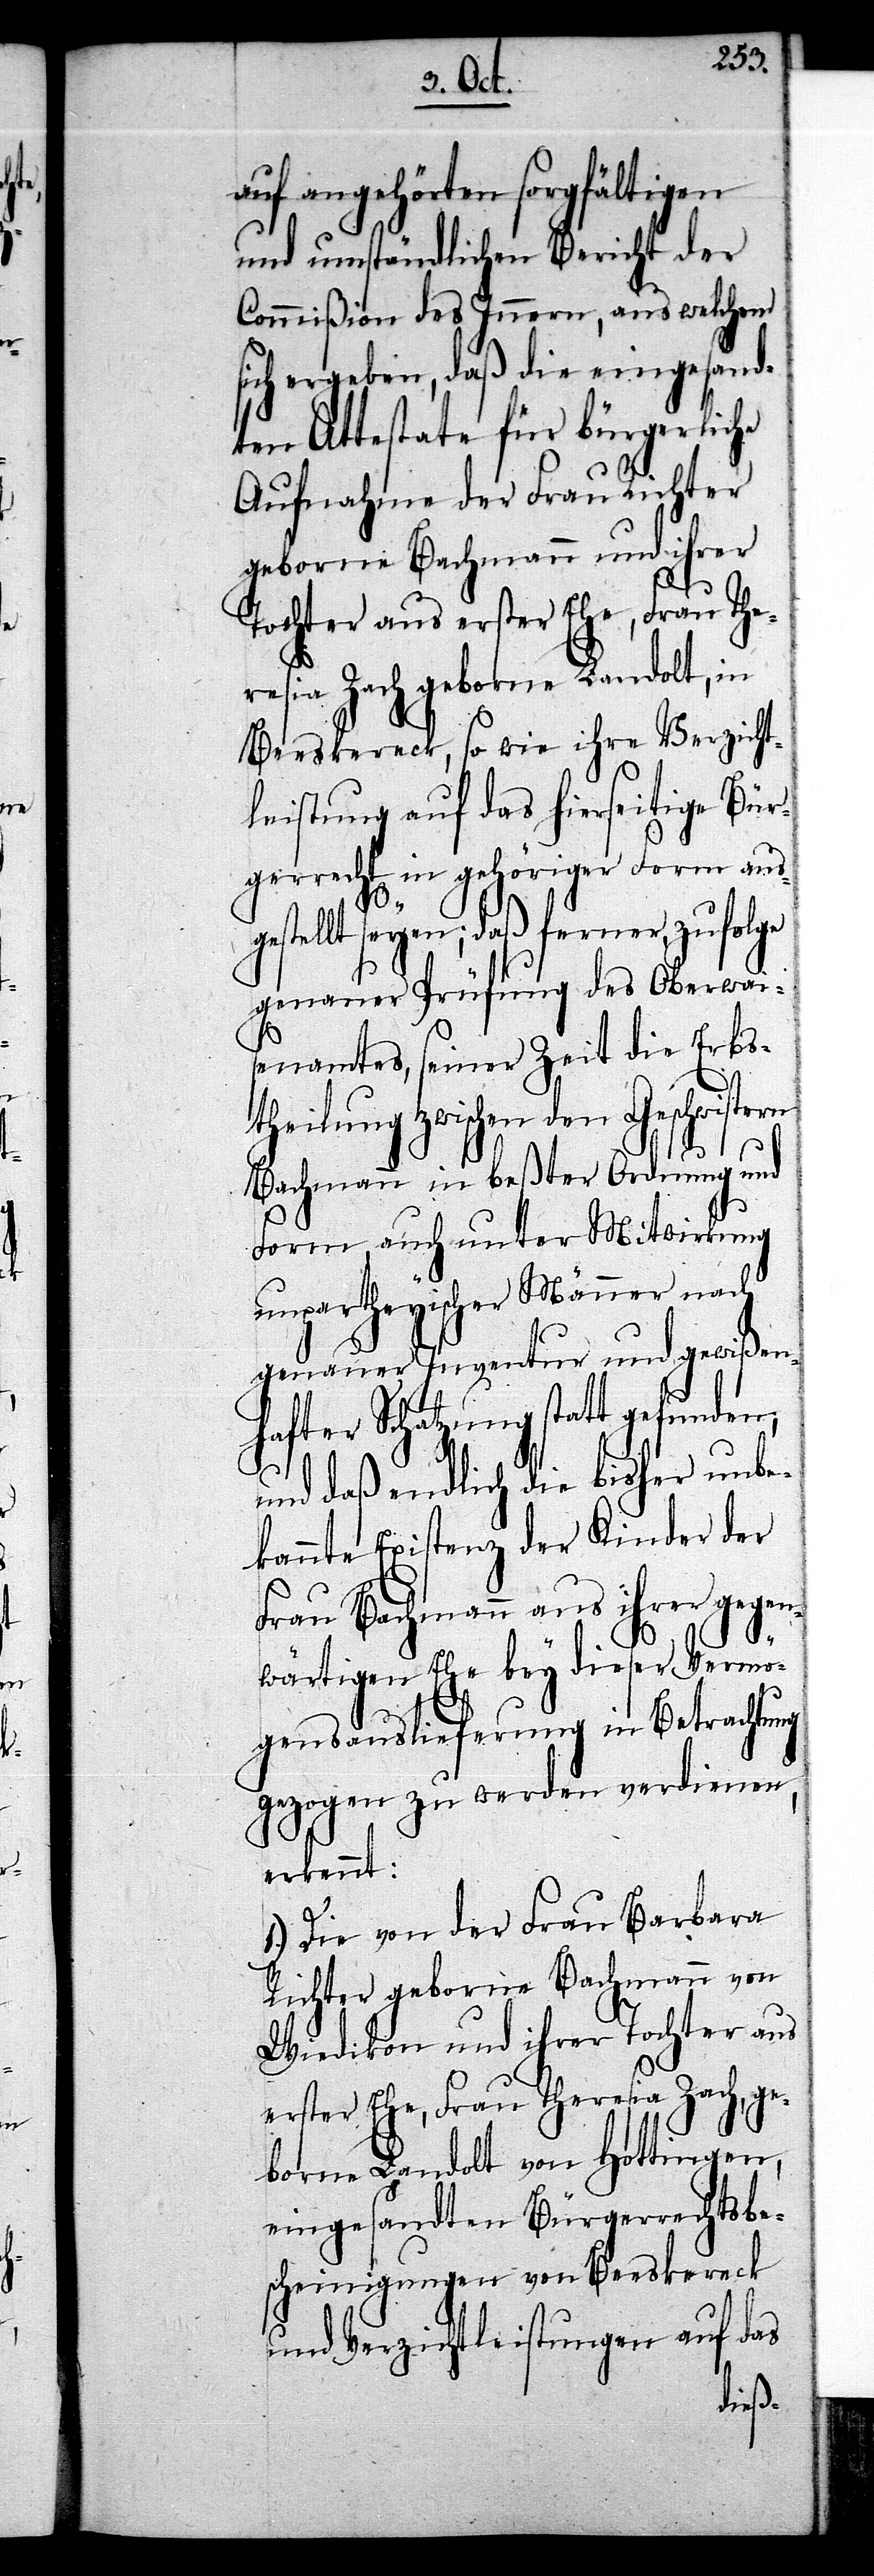
auf angehörten sorgfältigen
und umständlichen Bericht der
Commißion des Innern, aus welchem
sich ergeben, daß die eingesand¬
ten Attestate für bürgerliche
Aufnahme der Frau Richter
geborne Bachmann und ihrer
Tochter aus erster Ehe, Frau The¬
resia Zach geborne Landolt, in
Beeskereck, so wie ihre Verzicht¬
leistung auf das hierseitige Bür¬
gerrecht in gehöriger Form ausg¬
estellt seyen; daß ferner, zufolge
genauer Prüfung des Oberwai¬
senamtes, seiner Zeit die Erbs¬
theilung zwischen den Geschwistern
Bachmann in beßter Ordnung und
Form, auch unter Mitwirkung
unpartheyischer Männer nach
genauer Inventur und gewißen¬
hafter Schatzung statt gefunden;
und daß endlich die bisher unbe¬
kannte Existenz der Kinder der
Frau Bachmann aus ihrer gegen¬
wärtigen Ehe bey dieser Vermö¬
gensauslieferung in Betrachtung
gezogen zu werden verdienen,
erkennt:
1.) Die von der Frau Barbara
Richter geborne Bachmann von
Wiedikon und ihrer Tochter aus
erster Ehe, Frau Theresia Zach, ge¬
borne Landolt von Hottingen,
eingesandten Bürgerrechtsbe¬
scheinigungen von Beeskereck
und Verzichtleistungen auf das